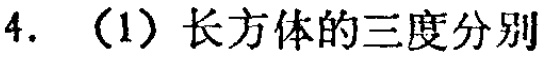
4. （1）长方体的三度分别